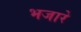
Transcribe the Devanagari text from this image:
भजारे